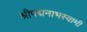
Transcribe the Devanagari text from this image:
श्रीपद्मनाभस्वामी